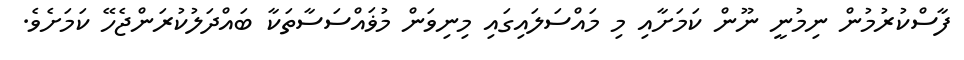
ފާސްކުރުމުން ނިމުނީ ނޫން ކަމަށާއި މި މައްސަލައިގައި މިނިވަން މުޥައްސަސާތަކާ ބައްދަލުކުރަންޖެހޭ ކަމަށެވެ.